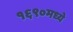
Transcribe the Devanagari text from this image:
१६९०मध्ये